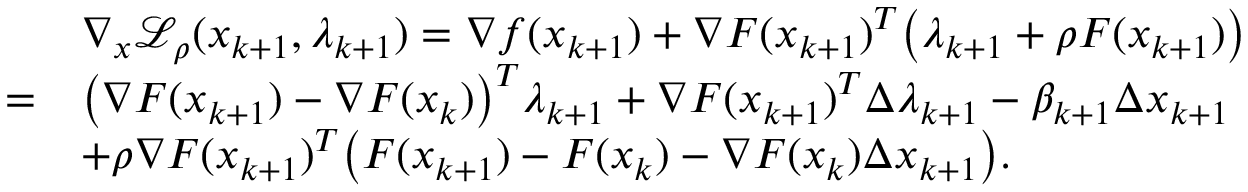
\begin{array} { r l } & { \nabla _ { x } \mathcal { L } _ { \rho } ( x _ { k + 1 } , \lambda _ { k + 1 } ) = \nabla f ( x _ { k + 1 } ) + { \nabla F ( x _ { k + 1 } ) } ^ { T } \big ( \lambda _ { k + 1 } + \rho F ( x _ { k + 1 } ) \big ) } \\ { = } & { \big ( { \nabla F ( x _ { k + 1 } ) } - { \nabla F ( x _ { k } ) } \big ) ^ { T } \lambda _ { k + 1 } + { \nabla F ( x _ { k + 1 } ) } ^ { T } \Delta \lambda _ { k + 1 } - \beta _ { k + 1 } \Delta x _ { k + 1 } } \\ & { + \rho { \nabla F ( x _ { k + 1 } ) } ^ { T } \big ( F ( x _ { k + 1 } ) - F ( x _ { k } ) - \nabla F ( x _ { k } ) \Delta x _ { k + 1 } \big ) . } \end{array}